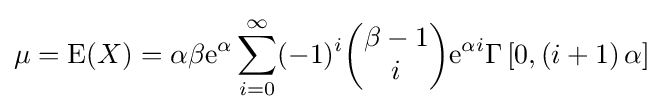
\mu ={\text{E}}(X)=\alpha \beta \mathrm {e} ^{\alpha }\sum _{i=0}^{\infty }(-1)^{i}{\begin{pmatrix}\beta -1\\i\end{pmatrix}}\mathrm {e} ^{\alpha i}\Gamma \left[0,\left(i+1\right)\alpha \right]